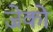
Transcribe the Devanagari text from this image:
जेको